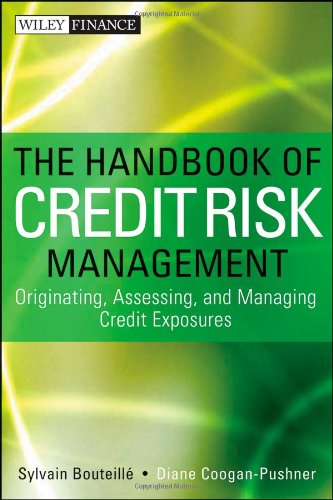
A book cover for The Handbook of Credit Risk Management: Originating, Assessing, and Managing Credit Exposures; Sylvain Bouteille; Business & Money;